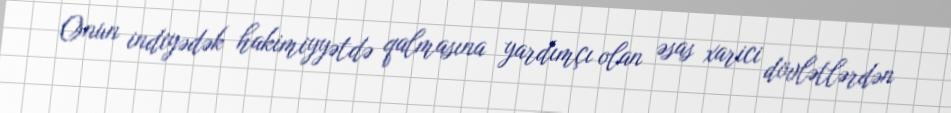
Onun indiyədək hakimiyyətdə qalmasına yardımçı olan əsas xarici dövlətlərdən